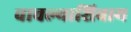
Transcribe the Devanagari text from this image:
वाचल्याशिवाय